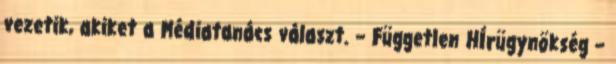
vezetik, akiket a Médiatanács választ. – Független HÍrügynökség –